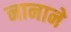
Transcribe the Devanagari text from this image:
नानाने